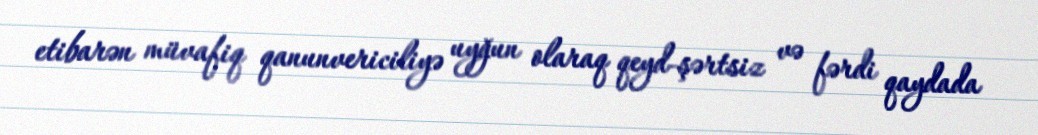
etibarən müvafiq qanunvericiliyə uyğun olaraq qeyd-şərtsiz və fərdi qaydada